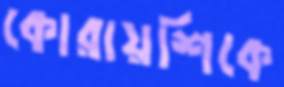
কোরায়শিকে